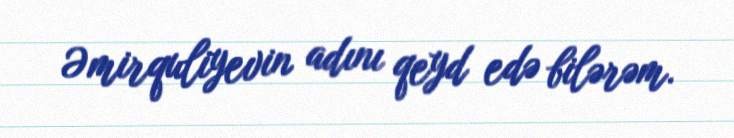
Əmirquliyevin adını qeyd edə bilərəm.